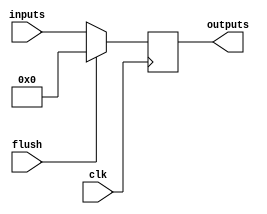
`timescale 1ns / 1ps

module pipeB #(parameter WIDTH = 20) (
	input clk,
	input flush,
	input [WIDTH - 1:0] inputs,
	output reg [WIDTH - 1:0] outputs
   );
	
	always @(posedge clk)
	begin 
		if(flush) outputs <= (1 << (WIDTH));
		else outputs <= inputs;
	end
	
endmodule